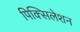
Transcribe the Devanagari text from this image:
पिक्सिलेशन